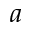
a